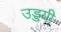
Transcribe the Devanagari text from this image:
उड्डयी